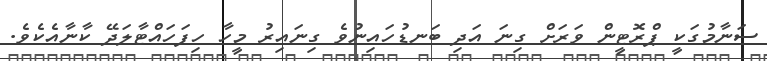
ސަނާމުގަކީ ޕްރޮޓީން ވަރަށް ގިނަ އަދި ބަނޑުހައިނުވެ ގިނައިރު މީހާ ހިފަހައްޓާލަދޭ ކާނާއެކެވެ.